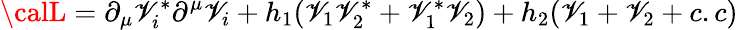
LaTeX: {\calL}=\partial_{\mu}\mathscr{V}_{i}^{*}\partial^{\mu}\mathscr{V}_{i}+h_{1}(\mathscr{V}_{1}\mathscr{V}_{2}^{*}+\mathscr{V}_{1}^{*}\mathscr{V}_{2})+h_{2}(\mathscr{V}_{1}+\mathscr{V}_{2}+c.c)